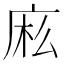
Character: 𰏷